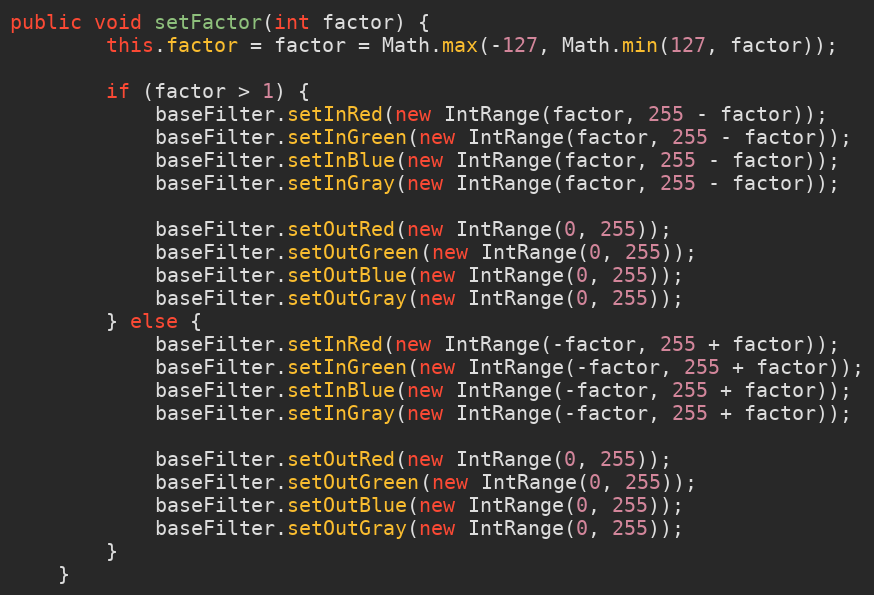
Language: Java
public void setFactor(int factor) {
        this.factor = factor = Math.max(-127, Math.min(127, factor));

        if (factor > 1) {
            baseFilter.setInRed(new IntRange(factor, 255 - factor));
            baseFilter.setInGreen(new IntRange(factor, 255 - factor));
            baseFilter.setInBlue(new IntRange(factor, 255 - factor));
            baseFilter.setInGray(new IntRange(factor, 255 - factor));

            baseFilter.setOutRed(new IntRange(0, 255));
            baseFilter.setOutGreen(new IntRange(0, 255));
            baseFilter.setOutBlue(new IntRange(0, 255));
            baseFilter.setOutGray(new IntRange(0, 255));
        } else {
            baseFilter.setInRed(new IntRange(-factor, 255 + factor));
            baseFilter.setInGreen(new IntRange(-factor, 255 + factor));
            baseFilter.setInBlue(new IntRange(-factor, 255 + factor));
            baseFilter.setInGray(new IntRange(-factor, 255 + factor));

            baseFilter.setOutRed(new IntRange(0, 255));
            baseFilter.setOutGreen(new IntRange(0, 255));
            baseFilter.setOutBlue(new IntRange(0, 255));
            baseFilter.setOutGray(new IntRange(0, 255));
        }
    }